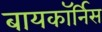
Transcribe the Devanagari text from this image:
बायकॉर्निस